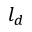
l _ { d }